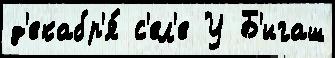
д'екабр'я́ с'ел'е У Б'игаш